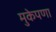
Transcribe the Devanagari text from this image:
मुकेपणा